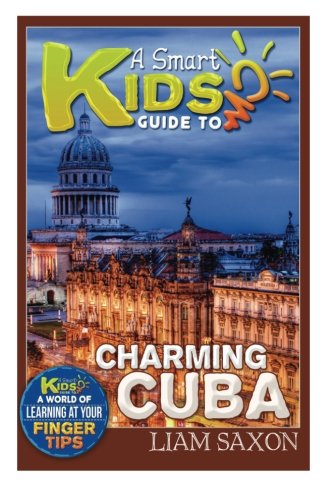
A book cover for A Smart Kids Guide To CHARMING CUBA: A World Of Learning At Your Fingertips (Volume 1); Liam Saxon; Travel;